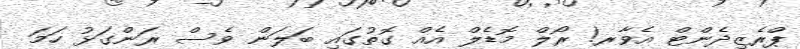
ޕްރެޒިދެންޓް އެވާރ! ރޯލް މޮޑެލް އެއް ގޮތުގައި ބަލަން ވެސް ރަންގަޅު ހަމަ